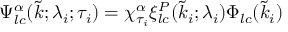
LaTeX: \Psi _ { l c } ^ { \alpha } ( \tilde { k } ; \lambda _ { i } ; \tau _ { i } ) = \chi _ { \tau _ { i } } ^ { \alpha } \xi _ { l c } ^ { P } ( \tilde { k } _ { i } ; \lambda _ { i } ) \Phi _ { l c } ( \tilde { k } _ { i } )